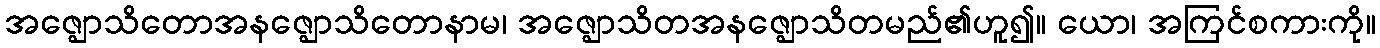
အဇ္ဈောသိတောအနဇ္ဈောသိတောနာမ၊ အဇ္ဈောသိတအနဇ္ဈောသိတမည်၏ဟူ၍။ ယော၊ အကြင်စကားကို။